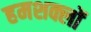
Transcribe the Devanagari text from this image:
हमशक्लों